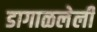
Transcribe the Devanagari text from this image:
डागाळलेली